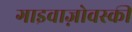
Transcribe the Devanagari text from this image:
गाइवाज़ोवस्की